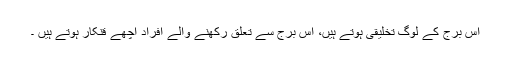
اس برج کے لوگ تخلیقی ہوتے ہیں، اس برج سے تعلق رکھنے والے افراد اچھے قنکار ہوتے ہیں ۔